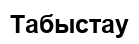
Табыстау